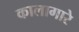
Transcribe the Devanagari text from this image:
कालागारे